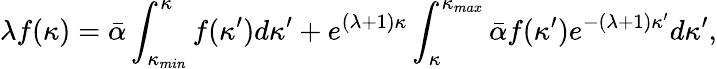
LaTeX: \lambda f(\kappa)=\bar{\alpha}\int_{\kappa_{min}}^{\kappa}f(\kappa^{\prime})d\kappa^{\prime}+e^{(\lambda+1)\kappa}\int_{\kappa}^{\kappa_{max}}\bar{\alpha}f(\kappa^{\prime})e^{-(\lambda+1)\kappa^{\prime}}d\kappa^{\prime},